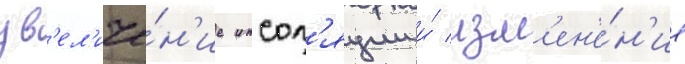
ув'ел'иче́н'ие инсол'яции и́ изм'ен'е́н'ие